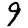
Digit: 9